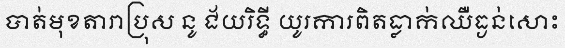
បាត់មុខតារាប្រុស នូ ជ័យរិទ្ធី យូរការពិតធ្លាក់ឈឺធ្ងន់សោះ